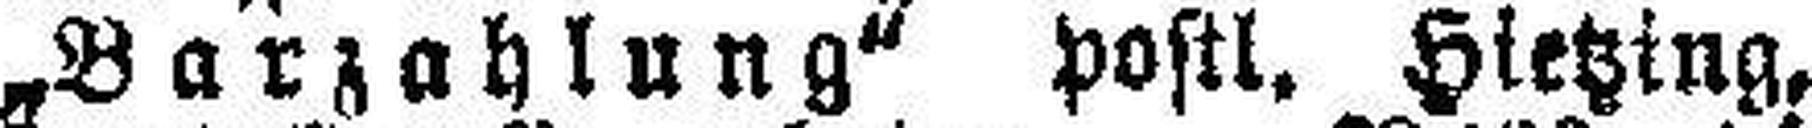
„Barzahlung" postl. Hietzing,